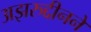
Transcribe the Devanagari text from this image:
अझरुद्दीनने